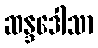
ဆန္ဒဒေါသာ